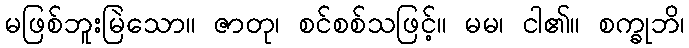
မဖြစ်ဘူးမြဲသော။ ဇာတု၊ စင်စစ်သဖြင့်။ မမ၊ ငါ၏။ စက္ခုဘိ၊